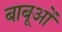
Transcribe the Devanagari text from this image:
बाबूओं